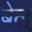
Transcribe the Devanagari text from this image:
बेल्